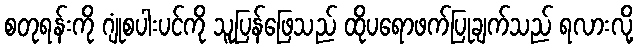
စတုရန်းကို ဂျုံစပါးပင်ကို သူပြန်ဖြေသည် ထိုပရောဖက်ပြုချက်သည် ရလားလို့